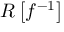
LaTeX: R \left[ f ^ { - 1 } \right]